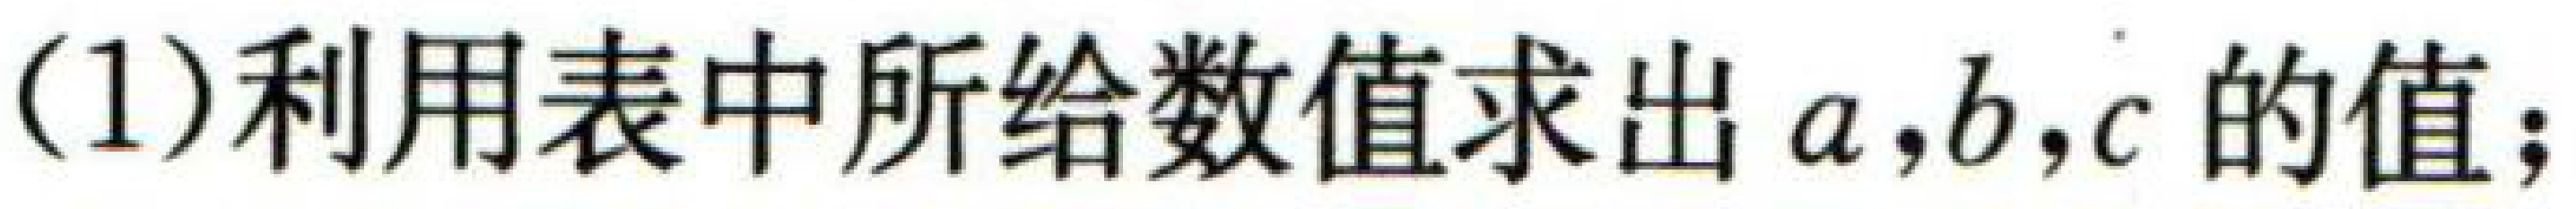
(1)利用表中所给数值求出 \(a,b,c\) 的值；